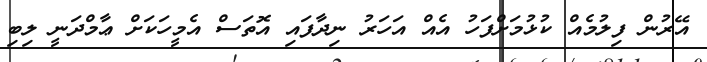
އޭރުން ފިލުމެއް ކުޅުމަށްފަހު އެއް އަހަރު ނިދާފައި އޮތަސް އެމީހަކަށް ޢާމްދަނީ ލިބި